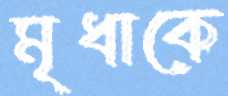
মৃধাকে